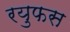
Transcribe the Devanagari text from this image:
रयुफस